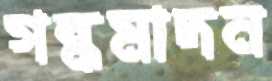
গন্ধমাদন